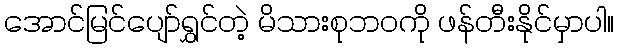
အောင်မြင်ပျော်ရွှင်တဲ့ မိသားစုဘဝကို ဖန်တီးနိုင်မှာပါ။